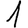
Digit: 1